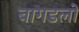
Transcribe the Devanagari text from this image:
बागडलो